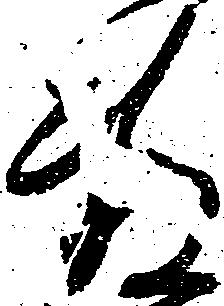
藤